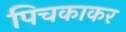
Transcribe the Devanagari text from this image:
पिचकाकर